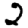
Digit: 2